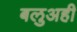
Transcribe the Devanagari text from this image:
बलुअही